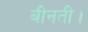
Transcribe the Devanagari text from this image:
बीनती।